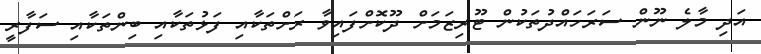
އަދި މާލެ ނޫން ސަރަހައްދުތަކުން ޓޫރިޒަމަށް ދޫކޮށްފައިވާ ރަށްތަކާއި ފަޅުތަކާއި ބިންތަކާއި ސަފާރީ